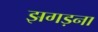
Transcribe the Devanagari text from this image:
झगड़ना